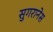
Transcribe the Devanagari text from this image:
सुगरानेस